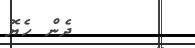
ދެން ހެޔޮ